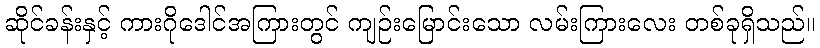
ဆိုင်ခန်းနှင့် ကားဂိုဒေါင်အကြားတွင် ကျဉ်းမြောင်းသော လမ်းကြားလေး တစ်ခုရှိသည်။